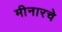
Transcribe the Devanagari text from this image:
मीनारचे